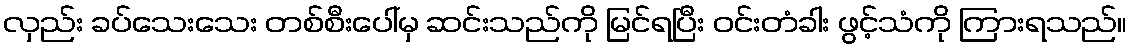
လှည်း ခပ်သေးသေး တစ်စီးပေါ်မှ ဆင်းသည်ကို မြင်ရပြီး ဝင်းတံခါး ဖွင့်သံကို ကြားရသည်။